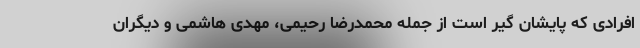
افرادی که پایشان گیر است از جمله محمدرضا رحیمی، مهدی هاشمی و دیگران